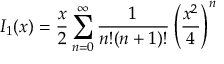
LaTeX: I _ { 1 } ( x ) = \frac { x } { 2 } \sum _ { n = 0 } ^ { \infty } \frac { 1 } { n ! ( n + 1 ) ! } \left( \frac { x ^ { 2 } } { 4 } \right) ^ { n }